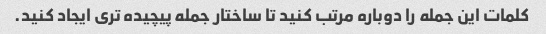
کلمات این جمله را دوباره مرتب کنید تا ساختار جمله پیچیده تری ایجاد کنید.